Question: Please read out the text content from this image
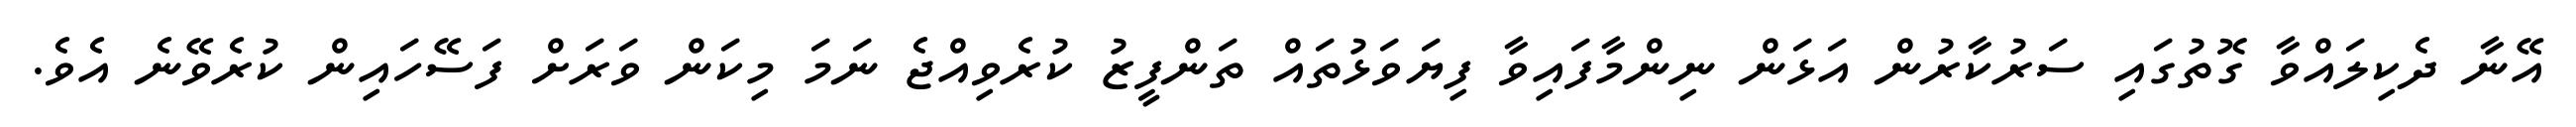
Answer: އޭނާ ދެކިލައްވާ ގޮތުގައި ސަރުކާރުން އަޅަން ނިންމާފައިވާ ފިޔަވަޅުތައް ތަންފީޒު ކުރެވިއްޖެ ނަމަ މިކަން ވަރަށް ފަސޭހައިން ކުރެވޭނެ އެވެ.